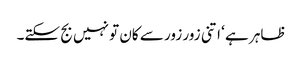
ظاہر ہے ‘ اتنی زور زور سے کان تو نہیں بج سکتے۔